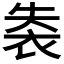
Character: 𧙍